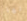
لها